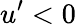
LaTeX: u^{\prime}<0